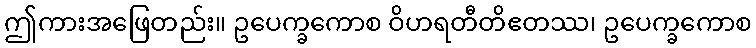
ဤကားအဖြေတည်း။ ဥပေက္ခကောစ ဝိဟရတီတိဧတဿ၊ ဥပေက္ခကောစ